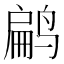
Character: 𬸜